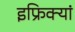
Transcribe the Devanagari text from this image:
इफ्रिक्यां